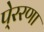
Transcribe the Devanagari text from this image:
पे्ररणा